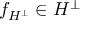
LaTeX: f _ { H ^ { \bot } } \in H ^ { \bot }